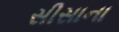
સીસાના